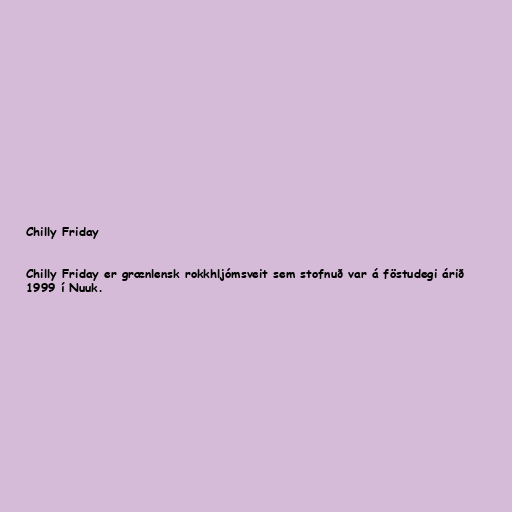
Chilly Friday

Chilly Friday er grænlensk rokkhljómsveit sem stofnuð var á föstudegi árið
1999 í Nuuk.